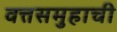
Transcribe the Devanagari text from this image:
वत्तसमुहाची